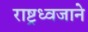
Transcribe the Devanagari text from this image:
राष्ट्रध्वजाने